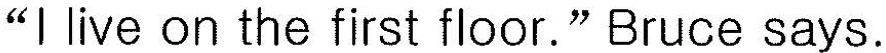
"I live on the first floor." Bruce says.